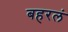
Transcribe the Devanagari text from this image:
बहरलं